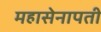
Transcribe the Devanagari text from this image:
महासेनापती